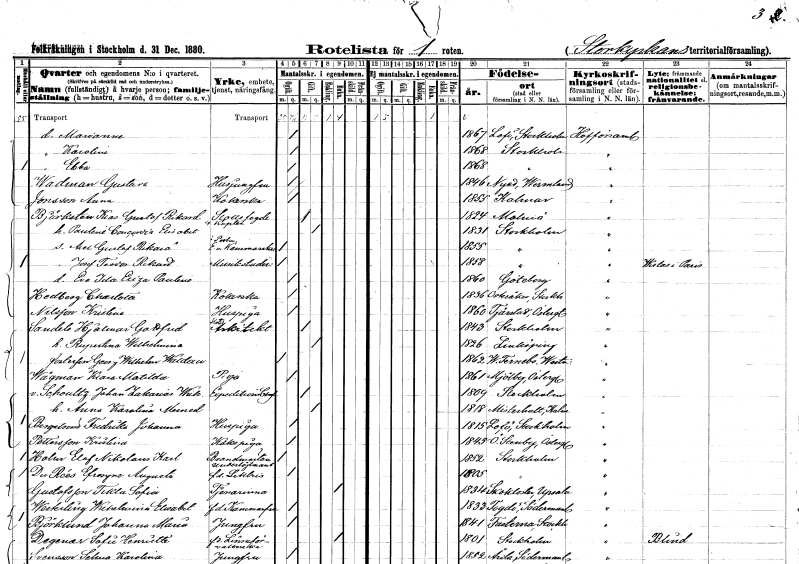
gt_parse: households: individuals: FN: Marianne
KON: K
CIV: O
FODAR: 1867
FODFORS: Lovö Stockholms län
FN: Karolina
KON: K
CIV: O
FODAR: 1868
FODFORS: Stockholm
FN: Ebba
KON: K
CIV: O
FODAR: 1868
FODFORS: Stockholm
FN: Gustava
EN: Wadman
YRKE: Husjungfru
KON: K
CIV: O
FODAR: 1846
FODFORS: Nyed Värmlands län
FN: Anna
EN: Jonsson
YRKE: Kokerska
KON: K
CIV: O
FODAR: 1855
FODFORS: Kalmar Kalmar län
FN: Klas Gustaf Rikard
EN: Björksten
YRKE: Slottsfogde vid hovet Vice corpl.
KON: M
CIV: G
FODAR: 1824
FODFORS: Malmö Malmöhus län
FN: Paulina Concordia Elisabet
KON: K
CIV: G
FODAR: 1831
FODFORS: Stockholm
FN: Axel Gustaf Rikard
YRKE: Kammarskrivare e. o.
KON: M
CIV: O
FODAR: 1855
FODFORS: Stockholm
FN: Josef Teodor Rikard
YRKE: Musikstuderande
KON: M
CIV: O
FODAR: 1858
FODFORS: Stockholm
FN: Eva Ida Eliza Paulina
KON: K
CIV: O
FODAR: 1860
FODFORS: Göteborg Göteborgs- och Bohuslän
FN: Charlotta
EN: Hedberg
YRKE: Kokerska
KON: K
CIV: O
FODAR: 1836
FODFORS: Österåker Stockholms län
FN: Kristina
EN: Nilsson
YRKE: Huspiga
KON: K
CIV: O
FODAR: 1860
FODFORS: Tjärstad Östergötlands län
FN: Hjalmar Gottfrid
EN: Sandell
YRKE: Stadsarkitekt
KON: M
CIV: G
FODAR: 1843
FODFORS: Stockholm
FN: Rugustina Wilhelmina
KON: K
CIV: G
FODAR: 1826
FODFORS: Linköping Östergötlands län
FN: Georg Wilhelm
EN: Waldau
KON: M
CIV: O
FODAR: 1862
FODFORS: Västerfärnebo Västmanlands län
FN: Klara Matilda
EN: Wågman
YRKE: Piga
KON: K
CIV: O
FODAR: 1861
FODFORS: Mjölby Östergötlands län
FN: Johan Zakarias Wilhelm
EN: v. Schoultz
YRKE: Expeditionschef
KON: M
CIV: G
FODAR: 1809
FODFORS: Stockholm
FN: Anna Karolina
EN: Marned
KON: K
CIV: G
FODAR: 1818
FODFORS: Misterhult Kalmar län
FN: Fredrika Johanna
EN: Bergström
YRKE: Huspiga
KON: K
CIV: O
FODAR: 1815
FODFORS: Lovö Stockholms län
FN: Kristina
EN: Pettersson
YRKE: Kökspiga
KON: K
CIV: O
FODAR: 1845
FODFORS: Östra Stenby Östergötlands län
FN: Elof Nikolaus Karl
EN: Holm
YRKE: Brandmästare Underlöjtnant
KON: M
CIV: O
FODAR: 1852
FODFORS: Stockholm
FN: Efrosyne Augusta
EN: Du Rées
YRKE: Lektris f.d.
KON: K
CIV: O
FODAR: 1805
FODFORS: Stockholm
FN: Tekla Sofia
EN: Gustafsson
YRKE: Tjänarinna
KON: K
CIV: O
FODAR: 1834
FODFORS: Skokloster Uppsala län